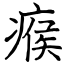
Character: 瘊